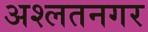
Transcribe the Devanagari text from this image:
अश्लतनगर